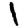
Digit: 1